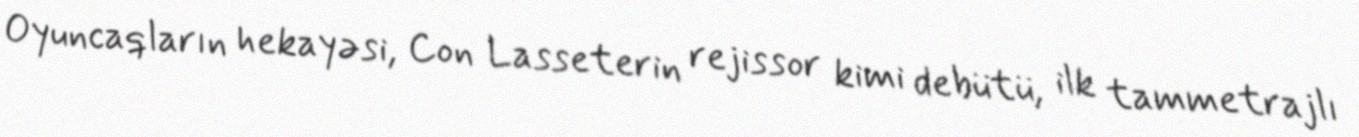
Oyuncaqların hekayəsi, Con Lasseterin rejissor kimi debütü, ilk tammetrajlı